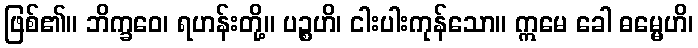
ဖြစ်၏။ ဘိက္ခဝေ၊ ရဟန်းတို့။ ပဉ္စဟိ၊ ငါးပါးကုန်သော။ ဣမေ ခေါ ဓမ္မေဟိ၊